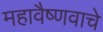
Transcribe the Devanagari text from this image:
महावैष्णवाचे